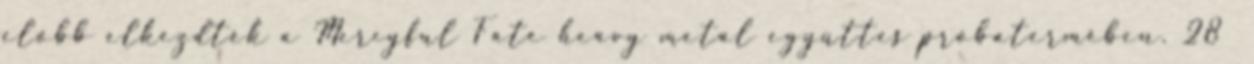
előbb elkezdték a Mercyful Fate heavy metal együttes próbatermében. 28